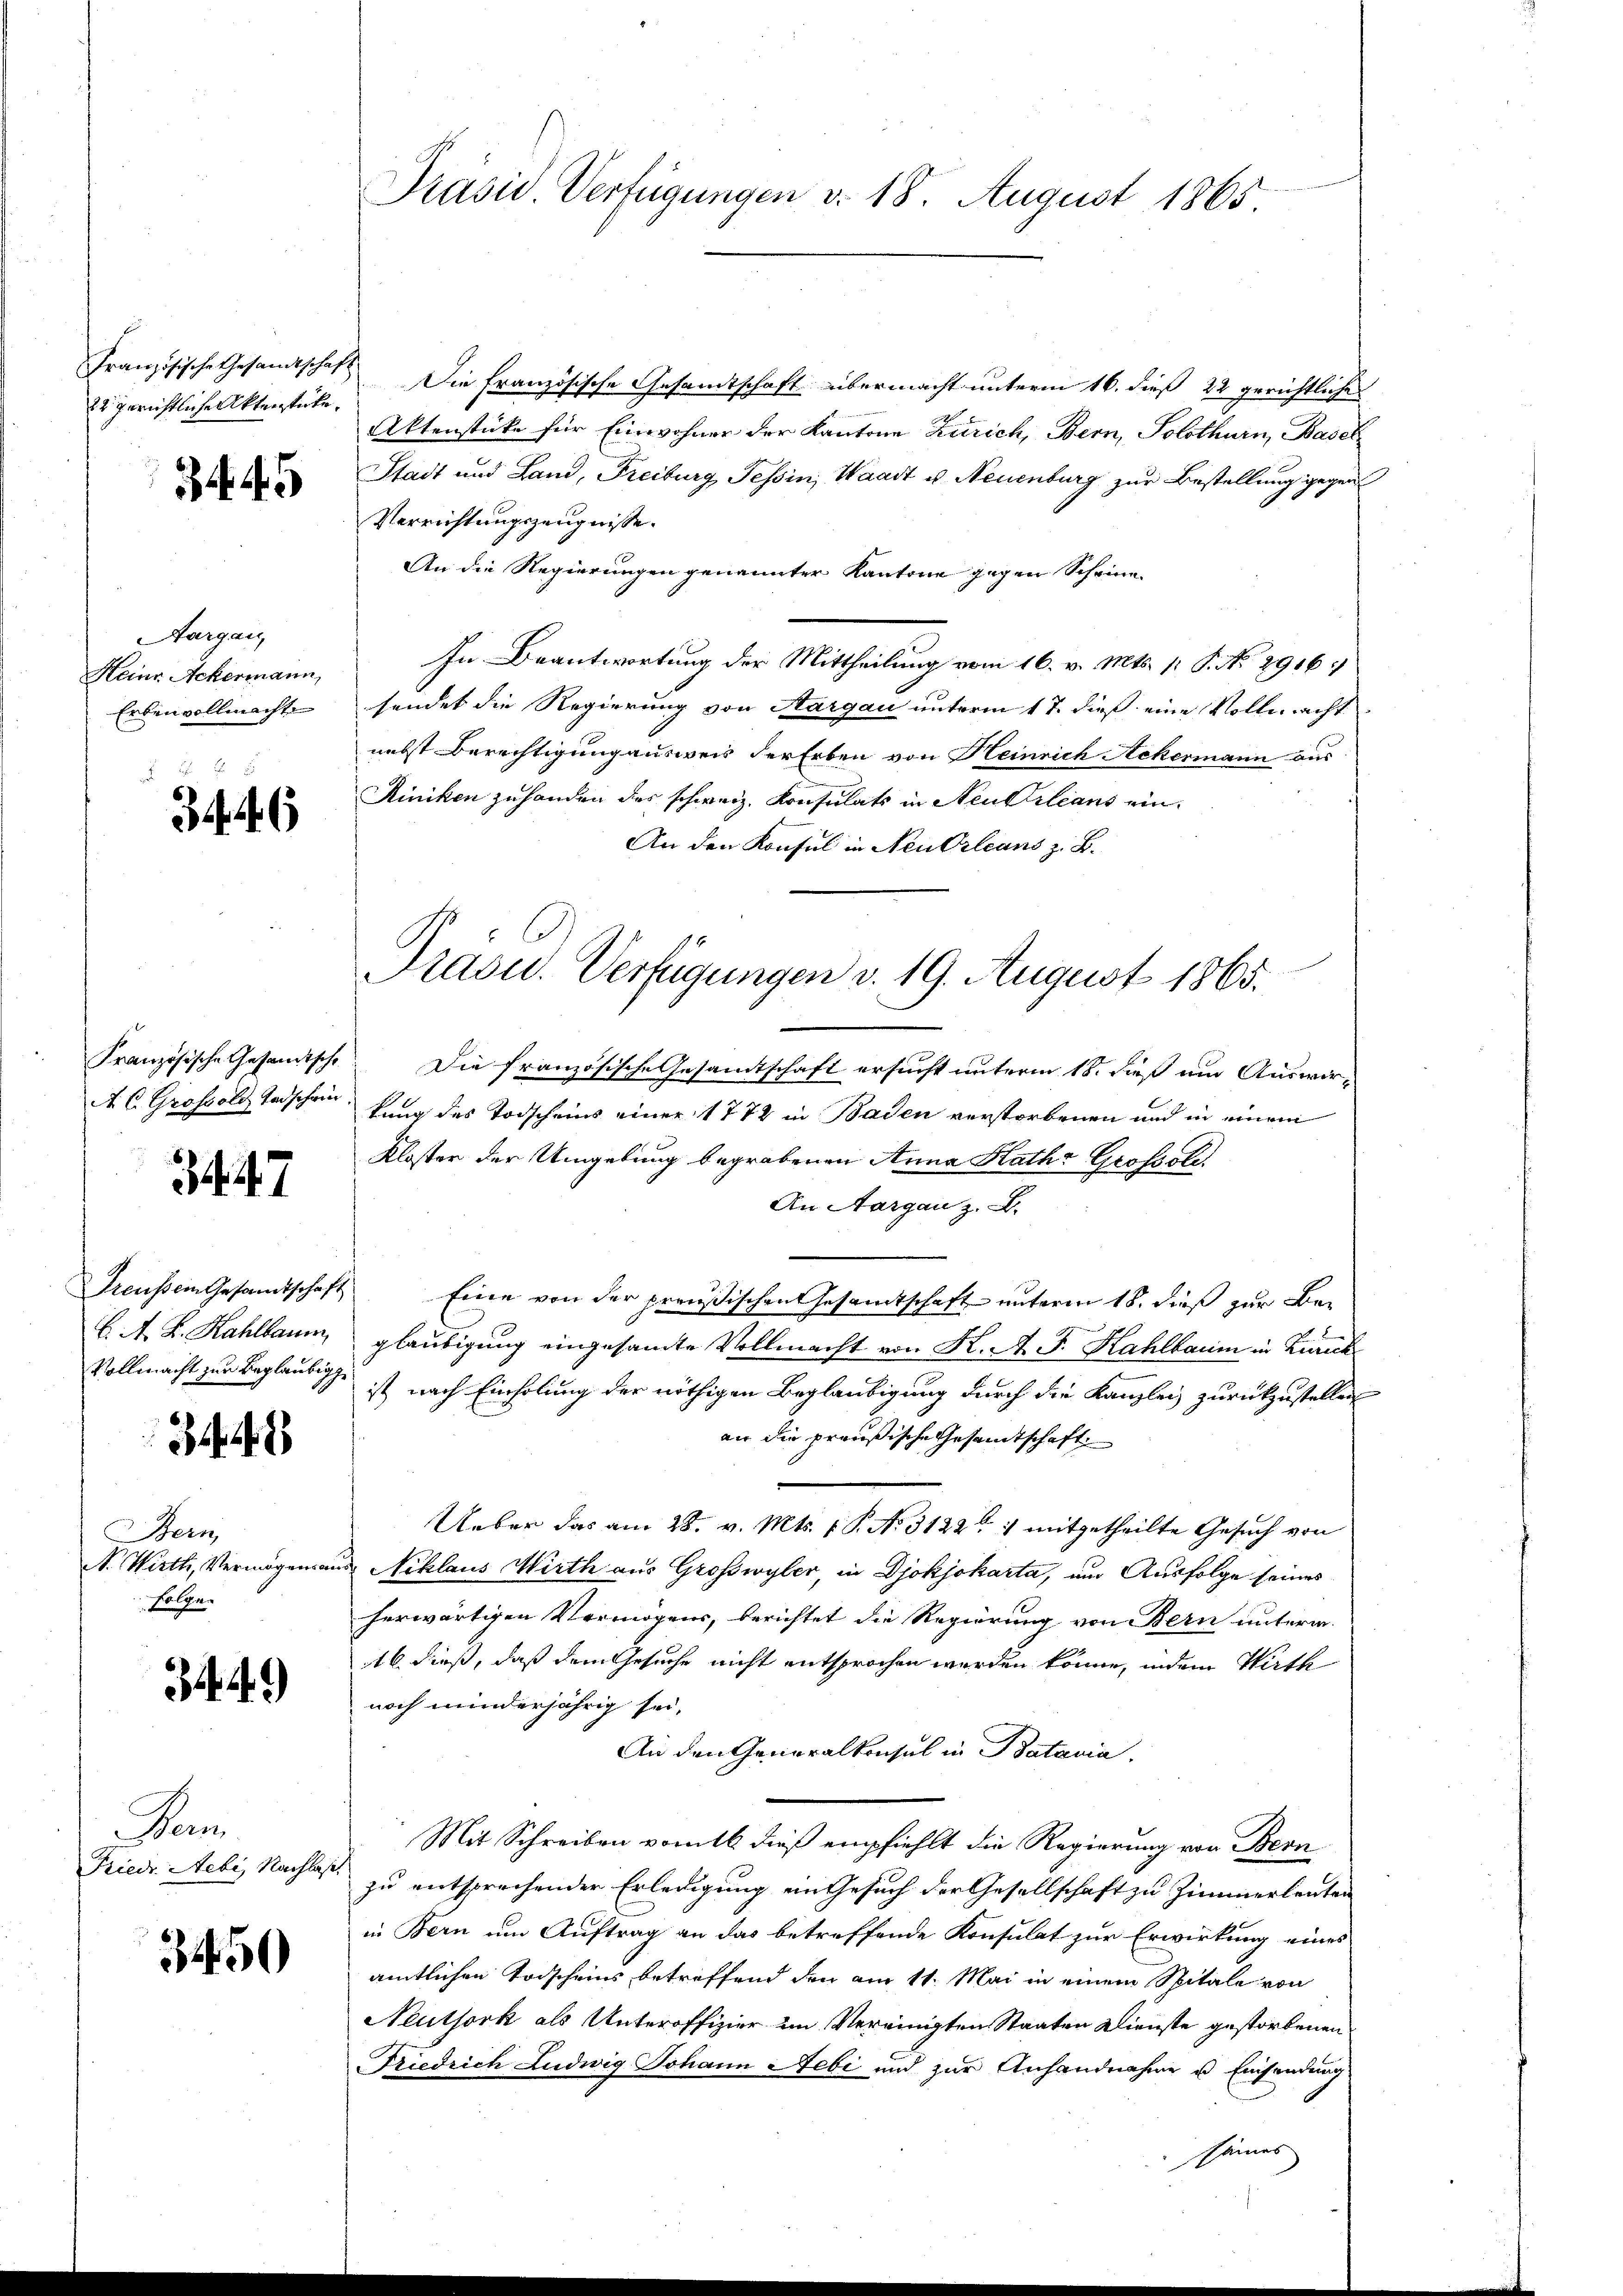
22 gerichtliche Aktenstücke.

3445

Aargau,
Heine Ackermann,
Erben vollmacht

344. 6

Französische Gesandtsche
A. C. Grafsold Todschein

3447

E A. L. Kahlbaum
Vollmacht zur Beglaubige

342

Bern,
N. Wirth, Vermögensa
folge.

344)

Penn
Friedr. Nebe. Nachlas

3450

Präsid. Verfügungen v. 18. August 1865

Französische Gesamtschaft Die Französische Gesandtschaft übermacht unterm 16. dieß 22 gerichtliche
Aktenstüke für Einwohner der Kantone Zürich, Bern, Solothurn, Basel
Stadt und Land, Freiburg Tessin, Waadt u. Neuenburg zur Bestellung gegen
Verrichtungszeugnisse.
An die Regierungen genannter Kantone gegen Scheine
In Beantwortung der Mittheilung vom 16. v. Mts. 1. P. No 2916
sendet die Regierung von Aargau unterm 17. dieß eine Vollmacht
nebst Berechtigung ausweis der Erben von Heinrich Ackermann aus
Riniken zu handen des schweiz. Konsulats in Neukleans ein¬
An den Konsul in Neu Orleans z. B.
Die französische Gesamtschaft ersucht unterm 18. dieß um Auswirkung des Todscheins einer 1772 in Baden verstorbenen und in einem
Kloster der Umgebung begrabenen Anna Katha Grofsoll.
An Aargau z. B.
Preussein Gesandtschaft Eine von der preußischen Gesamtschaft unterm 18. dieß zur Begläubigung eingesamte Vollmacht von K. A. J. Kahlbaum in Zürich
ist nach Einholung der nöthigen Beglaubigung durch die Kanzlei zurückzustellen
an die preußische Gesandtschaft
Ueber das am 28. v. Mts. 1 P. Nr. 3122 1 mitgetheilte Gesuch von
 Niklaus Wirth aus Großwyler, in Djokjokarta, um Ausfolge seines
herwärtigen Vermögens, berichtet die Regierung von Bern unterm
16 dieß, daß dem Gesuche nicht entsprochen werden könne, indem Wirth
noch minderjährig sei,
An den Generalkonsul in Batavia.
Mit Schreiben vom 16 dieß empfiehlt die Regierung von Bern
zu entsprechender Erledigung ein Gesuch der Gesellschaft zu Zimmerleuten
in Bern um Auftrag an das betreffende Konsulat zur Erwirkung eines
amtlichen Todscheins betreffend den am 11. Mai in einem Spitale von
Neuthork als Unteroffizier im Vereinigten Staaten Dienste gestorbenen
Friedrich Ludwig Johann Aebi und zur Anhandnahme u. Einsendung
sämes

Prasur. Verfügungen v. 19. August 1865.